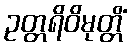
ဥတ္တရိဝိမုတ္တိံ